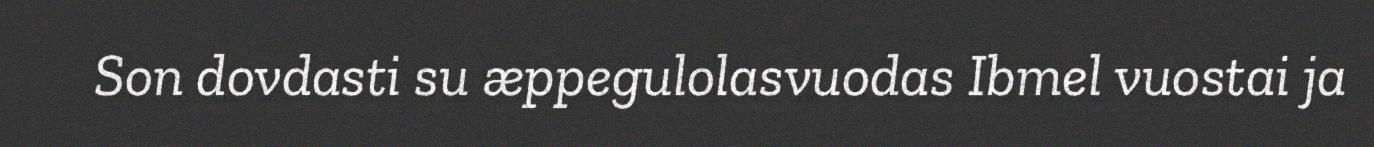
Son dovdasti su æppegulolasvuodas Ibmel vuostai ja